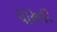
ચારૂતર